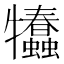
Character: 𤜗